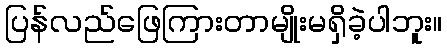
ပြန်လည်ဖြေကြားတာမျိုးမရှိခဲ့ပါဘူး။